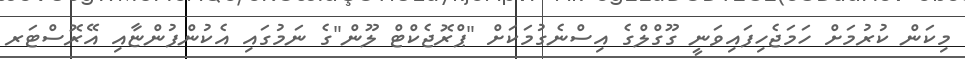
މިކަން ކުރުމަށް ހަމަޖެހިފައިވަނީ ގޫގްލްގެ އިސްނެގުމަކަށް "ޕްރޮޖެކްޓް ލޫން"ގެ ނަމުގައި އެކުންފުންޏާއި އޭރޮސްޓަރ